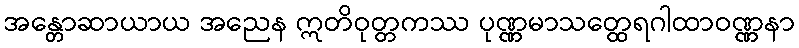
အန္တောဆာယာယ အညေန ဣတိဝုတ္တကဿ ပုဏ္ဏမာသတ္ထေရဂါထာဝဏ္ဏနာ